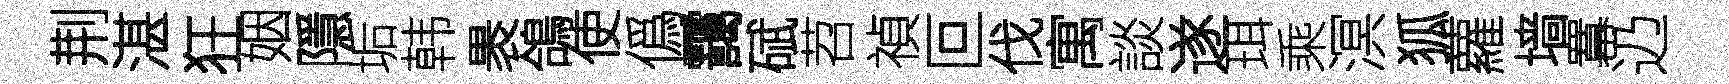
荆湛狂姻隱垢韩褁鴿使僞靄碔苕禎叵伐寓談遂珥乘溟狐蘿墙羃辸